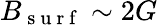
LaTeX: B_{\mathrm{~s~u~r~f~}}\sim 2G